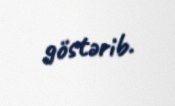
göstərib.